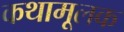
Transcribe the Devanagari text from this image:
कथामूलक